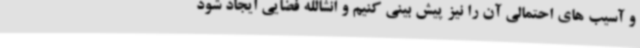
و آسیب های احتمالی آن را نیز پیش بینی کنیم و انشالله فضایی ایجاد شود